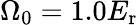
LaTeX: \Omega_{0}=1.0E_{\mathrm{{r}}}